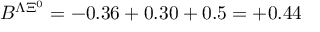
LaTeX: B ^ { \Lambda \Xi ^ { 0 } } = - 0 . 3 6 + 0 . 3 0 + 0 . 5 = + 0 . 4 4